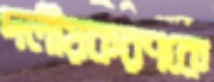
দলীয়করণকে